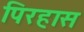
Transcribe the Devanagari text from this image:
पिरहास